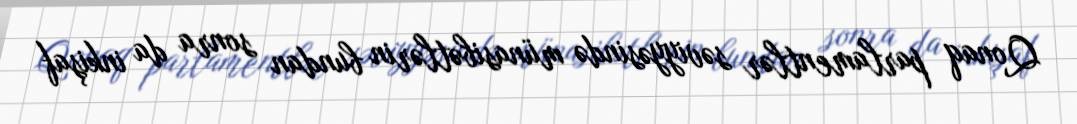
Qonaq parlamentlər səviyyəsində münasibətlərin bundan sonra da inkişaf